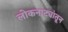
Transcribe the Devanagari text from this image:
लोकनाट्यांतून